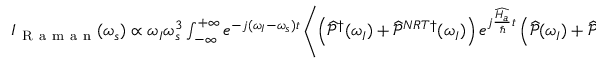
\begin{array} { r } { I _ { \mathrm { ~ R ~ a ~ m ~ a ~ n ~ } } ( \omega _ { s } ) \propto \omega _ { I } \omega _ { s } ^ { 3 } \int _ { - \infty } ^ { + \infty } e ^ { - j ( \omega _ { I } - \omega _ { s } ) t } \left\langle \left( \widehat { \mathcal { P } } ^ { \dagger } ( \omega _ { I } ) + \widehat { \mathcal { P } } ^ { N R T \dagger } ( \omega _ { I } ) \right) e ^ { j \frac { \widehat { H _ { a } } } { \hbar } t } \left( \widehat { \mathcal { P } } ( \omega _ { I } ) + \widehat { \mathcal { P } } ^ { N R T } ( \omega _ { I } ) \right) e ^ { - j \frac { \widehat { H _ { a } } } { \hbar } t } \right\rangle _ { \rho } d t , } \end{array}